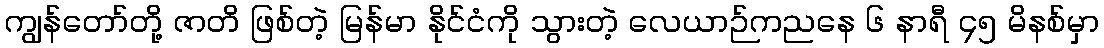
ကျွန်တော်တို့ ဇာတိ ဖြစ်တဲ့ မြန်မာ နိုင်ငံကို သွားတဲ့ လေယာဉ်ကညနေ ၆ နာရီ ၄၅ မိနစ်မှာ